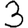
Digit: 3